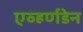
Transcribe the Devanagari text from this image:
एव्हर्णडेन